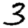
Digit: 3